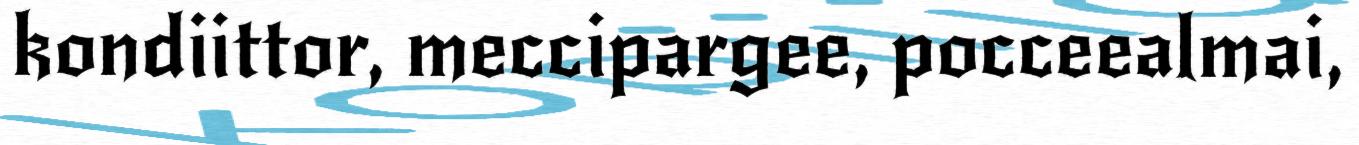
kondiittor, meccipargee, pocceealmai,